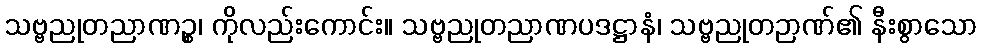
သဗ္ဗညုတညာဏဉ္စ၊ ကိုလည်းကောင်း။ သဗ္ဗညုတညာဏပဒဋ္ဌာနံ၊ သဗ္ဗညုတဉာဏ်၏ နီးစွာသော